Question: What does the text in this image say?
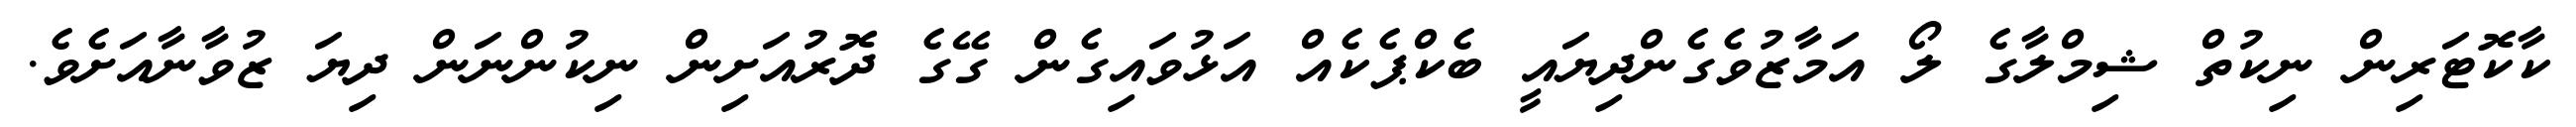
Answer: ކާކޮޓަރިން ނިކުތް ޝިމްލާގެ ލޯ އަމާޒުވެގެންދިޔައީ ބެކްޕެކެއް އަޅުވައިގެން ގޭގެ ދޮރުއަށިން ނިކުންނަން ދިޔަ ޒުވާނާއަށެވެ.